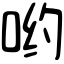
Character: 哟